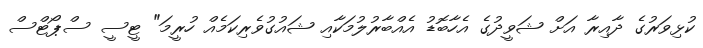
ކުޅިވަރުގެ ދާއިރާ އަށް ޝަވީދުގެ އެހާބޮޑު އެއްބާރުލުމަކާއި ޝައުގުވެރިކަމެއް ހުރީމަ" ޓީސީ ސްޕޯޓްސް